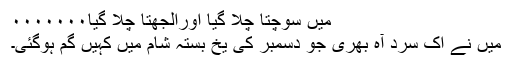
میں سوچتا چلا گیا اوراُلجھتا چلا گیا۰۰۰۰۰۰۰
میں نے اک سرد آہ بھری جو دسمبر کی یخ بستہ شام میں کہیں گم ہوگئی۔